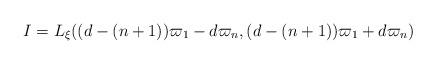
LaTeX: \begin{align*}I=L_\xi((d-(n+1))\varpi_1-d\varpi_n,(d-(n+1))\varpi_1+d\varpi_n)\end{align*}